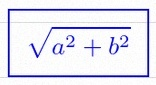
\sqrt{a^2+b^2}